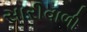
સારીવાળી